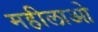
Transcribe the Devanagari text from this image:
महीलाओ